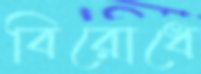
বিরোধে